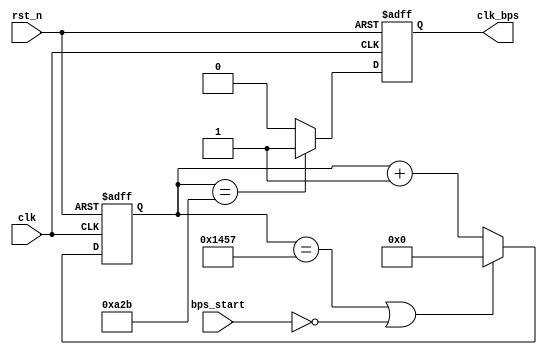
//----------------------------------------------------------------------------
//
// *File Name      :       uart_speed_select.v
// *Version        :
//                         1.0
// *Module Description:
//                         
//
// *Author(s)      :
//                        - Guodezheng cxhy1981@gmail.com,
// *LastChangeBy   :      guodezheng
// *CreatTime      :      2016-03-22 10:13:56
// *LastChangeTime :      2016-04-01 10:15:38
//----------------------------------------------------------------------------
`timescale 1ns / 1ps
module uart_speed_select(
                    clk           ,
                    rst_n         ,
                    bps_start     ,
                    clk_bps
            );

input clk;  // 50MHz
input rst_n;    //
input bps_start;    //
output clk_bps; // clk_bps

/*
parameter       bps9600     = 5207, //9600bps
                bps19200    = 2603, //19200bps
                bps38400    = 1301, //38400bps
                bps57600    = 867,  //57600bps
                bps115200   = 433;  //115200bps
parameter       bps9600_2   = 2603,
                bps19200_2  = 1301,
                bps38400_2  = 650,
                bps57600_2  = 433,
                bps115200_2 = 216;
*/

    //
`define        BPS_PARA        5207    //9600    50M/9600-1
`define        BPS_PARA_2      2603    //9600

reg[12:0] cnt;          //
reg clk_bps_r;          //

//----------------------------------------------------------
reg[2:0] uart_ctrl; // uart
//----------------------------------------------------------

always @ (posedge clk or negedge rst_n)
    if(!rst_n) cnt <= 13'd0;
    else if((cnt == `BPS_PARA) || !bps_start) cnt <= 13'd0; //
    else cnt <= cnt+1'b1;           //

always @ (posedge clk or negedge rst_n)
    if(!rst_n) clk_bps_r <= 1'b0;
    else if(cnt == `BPS_PARA_2) clk_bps_r <= 1'b1;  // clk_bps_r,
    else clk_bps_r <= 1'b0;

assign clk_bps = clk_bps_r;

endmodule